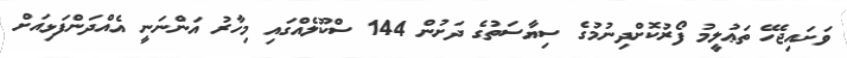
ވަށައިޖެހޭ ތަޢުލީމު ފޯރުކޮށްދިނުމުގެ ސިޔާސަތުގެ ދަށުން 144 ސްކޫލެއްގައި މިހާރު އަންނަނީ އެއްދަންފަޅިއަށް